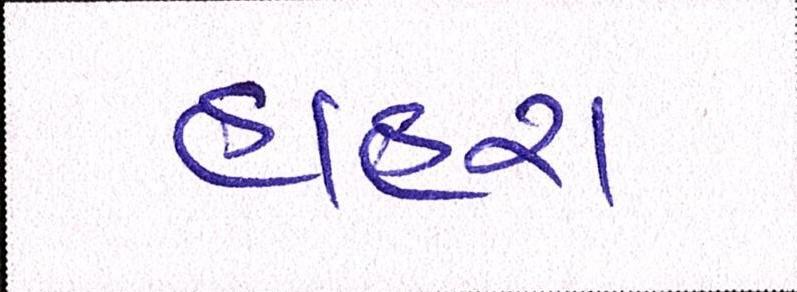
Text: હાહરા